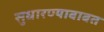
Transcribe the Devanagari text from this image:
सुधारण्याबाबत